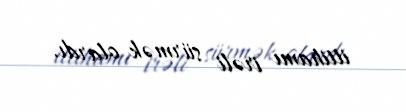
ittihamı irəli sürmək olardı.